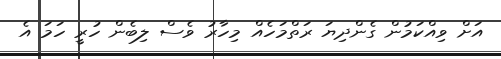
އަށް ވިއްކަމުން ގެންދިޔަ ރަތްމަހެއް މިހާރު ވެސް ލިބެން ހުރީ ހަމަ އެ